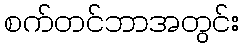
စက်တင်ဘာအတွင်း